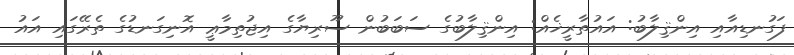
ފަގުނޑިއާއި އިންޤިލާބު: އައުތާރީޚެއް: އިންޤިލާބުގެ ސަބަބުން ސޫރިޔާގެ އިޖުތިމާޢީ އޮނިގަނޑުގެ ތެރޭގައި އައު